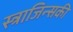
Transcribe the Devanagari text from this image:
स्त्राजिन्सकी